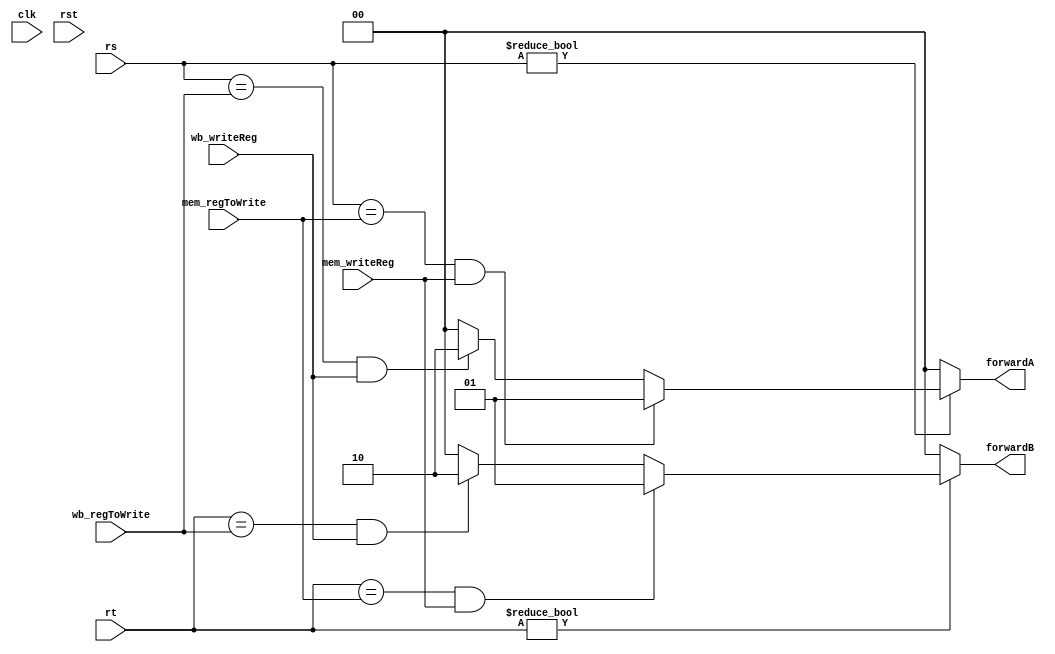
/*
DESCRIPTION

NOTES

TODO

*/

module data_forwarding_unit_r0 #(
	parameter BIT_WIDTH = 32,
	parameter REG_ADDR_WIDTH = 5,
	parameter DELAY = 0
)(
	input clk,
	input rst,

	input [REG_ADDR_WIDTH-1:0] rs,
	input [REG_ADDR_WIDTH-1:0] rt,

	input mem_writeReg,
	input [REG_ADDR_WIDTH-1:0] mem_regToWrite,

	input wb_writeReg,
	input [REG_ADDR_WIDTH-1:0] wb_regToWrite,

	output reg [1:0] forwardA,
	output reg [1:0] forwardB
);

/**********
 * Internal Signals
**********/
/**********
 * Glue Logic
 **********/
/**********
 * Synchronous Logic
 **********/
always @* begin
	forwardA <= 2'b0;
	forwardB <= 2'b0;

	//rs forwarding
	if(rs != {REG_ADDR_WIDTH{1'b0}}) begin
		if(rs == mem_regToWrite && mem_writeReg) begin
			forwardA <= 2'b1;
		end else if(rs == wb_regToWrite && wb_writeReg) begin
			forwardA <= 2'b10;
		end
	end


	//rt forwarding
	if(rt != {REG_ADDR_WIDTH{1'b0}}) begin
		if(rt == mem_regToWrite && mem_writeReg) begin
			forwardB <= 2'b1;
		end else if(rt == wb_regToWrite && wb_writeReg) begin
			forwardB <= 2'b10;
		end
	end
end

/**********
 * Glue Logic
 **********/
/**********
 * Components
 **********/
/**********
 * Output Combinatorial Logic
 **********/

endmodule